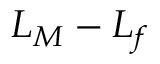
L _ { M } - L _ { f }